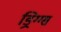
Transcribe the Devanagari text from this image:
ड्रिग्ग्स